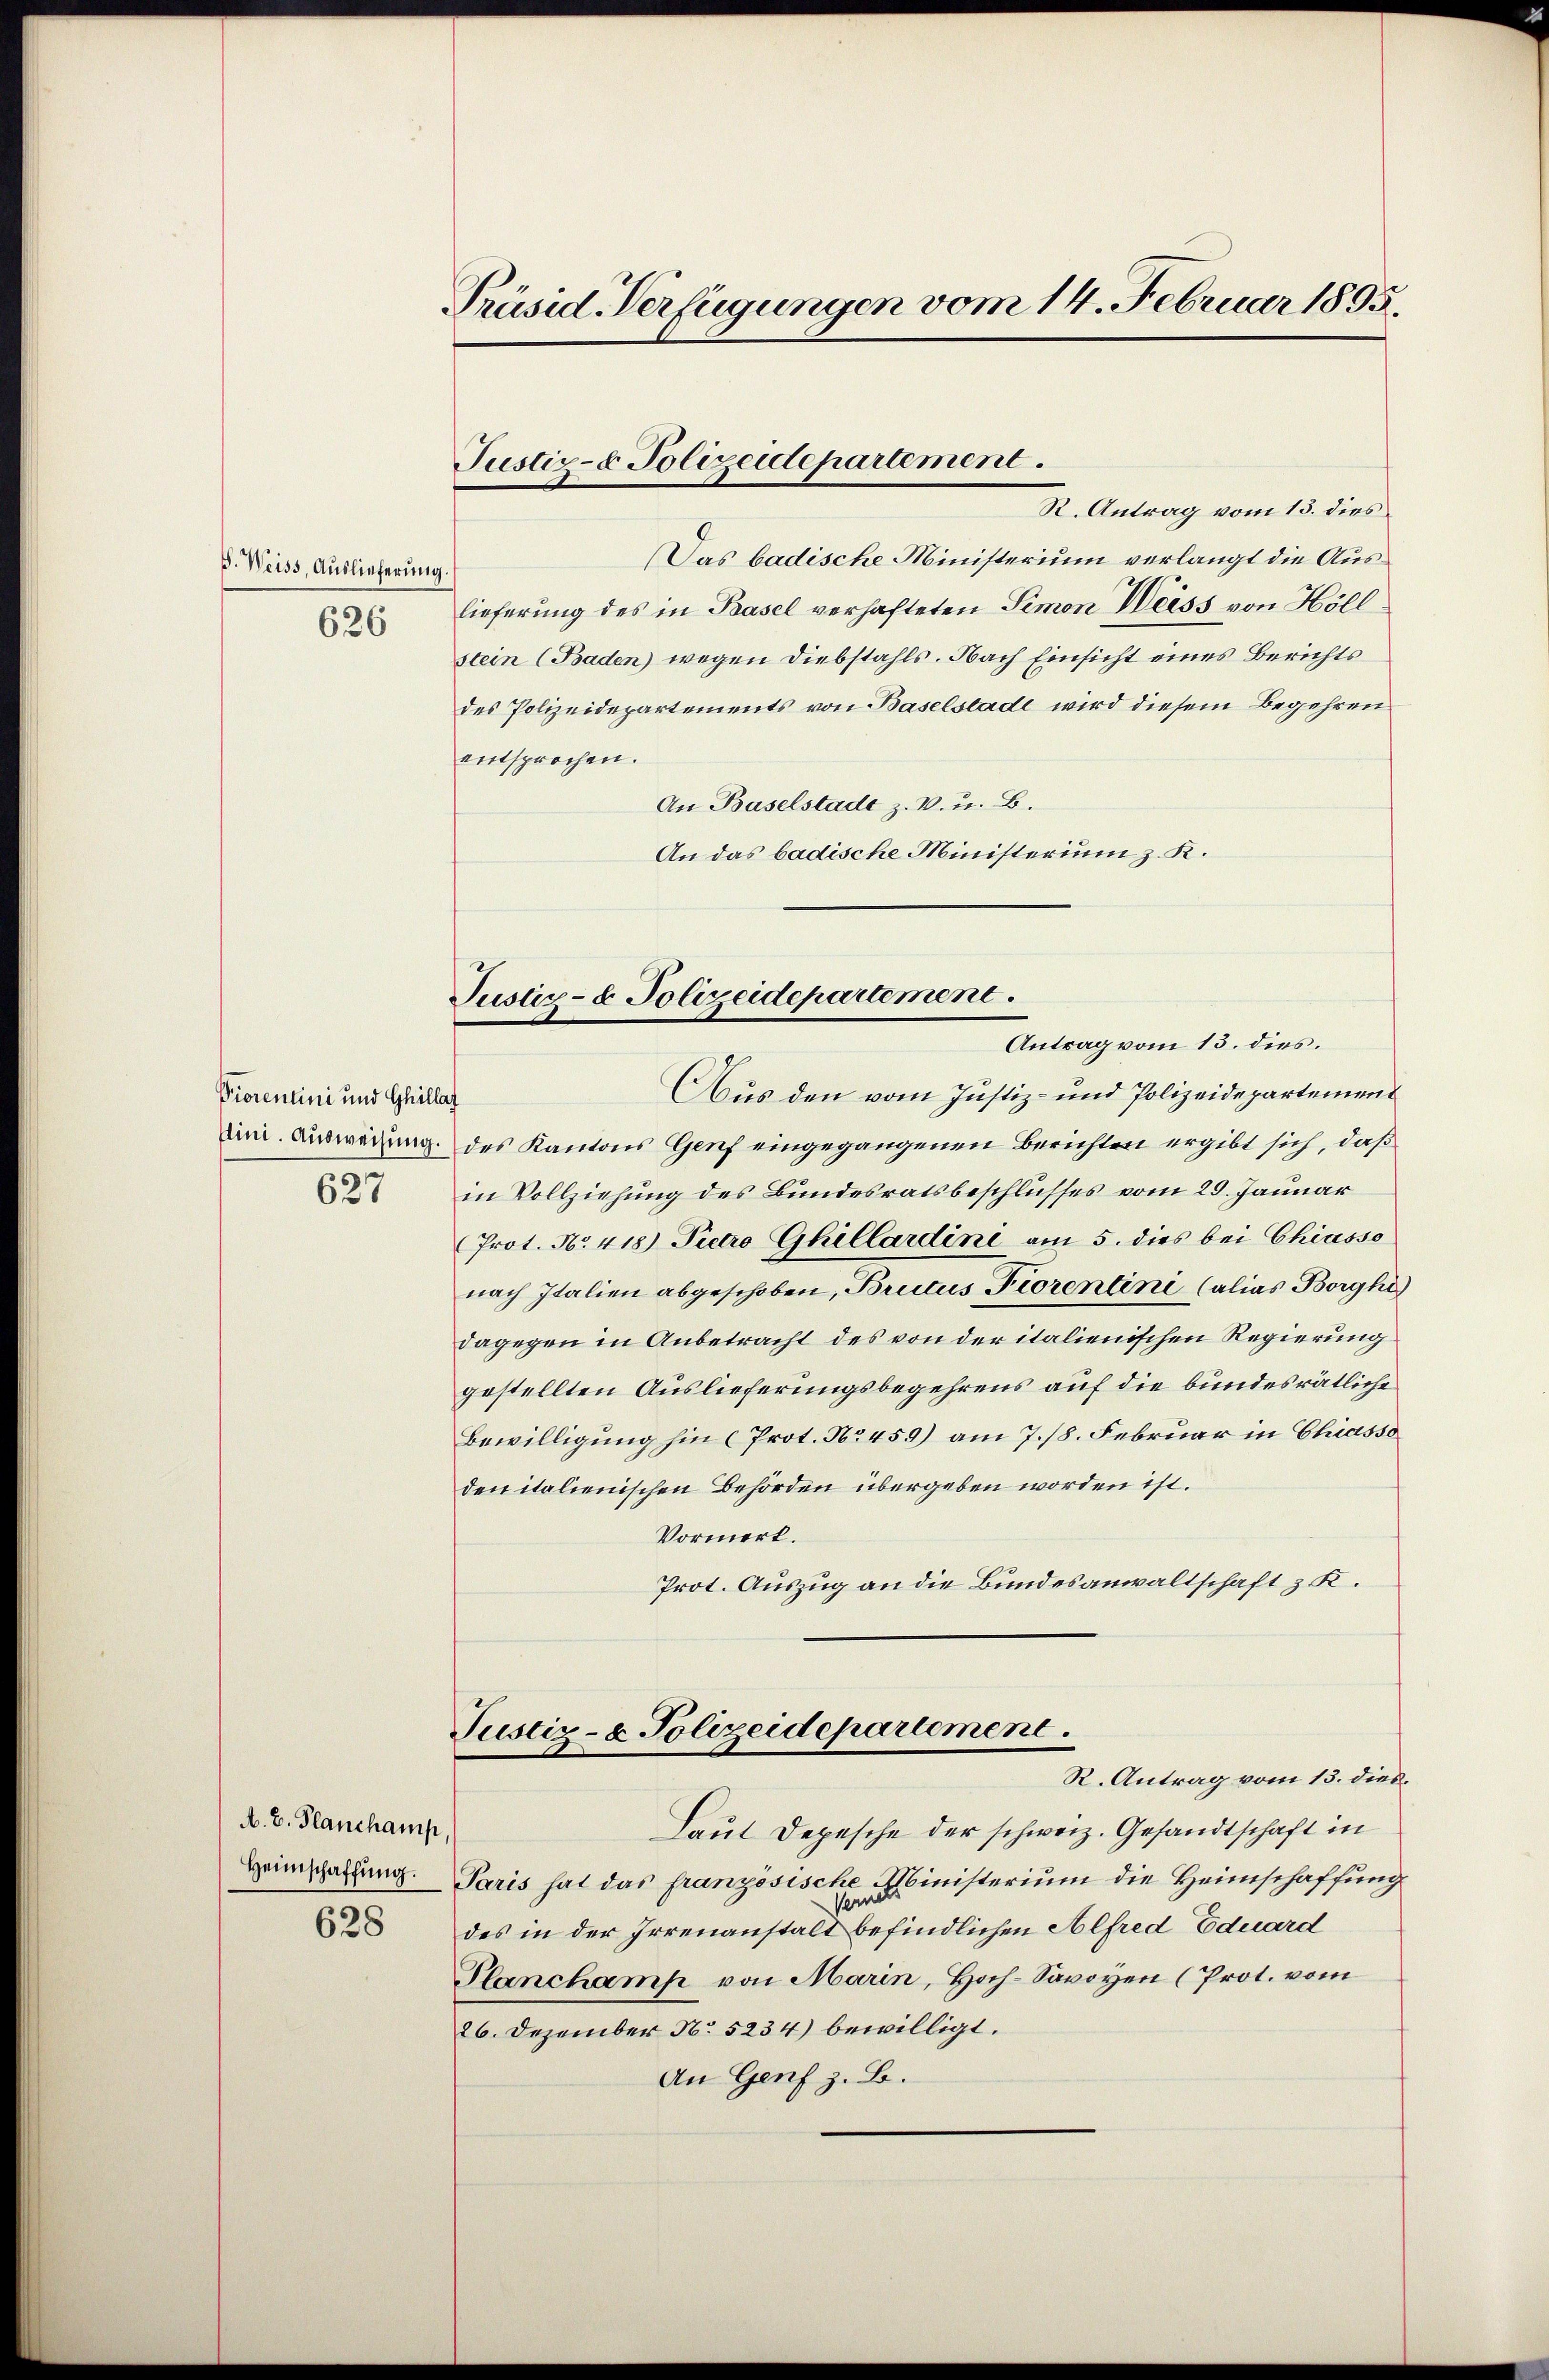
S. Weiss, Auslieferung
626

Piorentini und Gliell
Aini. Ausweisung.

627

A. B. Planchamp,
Heimschaffung.

628

Präsid-Verfügungen vom 14. Februar 1895.

Justiz- & Polizeidepartement.

R. Antrag vom 13. dies
Das badische Ministerium verlangt die Auslieferung des in Basel verhafteten Simon Weiss von Höllstein (Baden) wegen Diebstahls. Nach Einsicht eines Berichts
des Polizeidepartements von Baselstade wird diesem Begehren
entsprochen.
An Baselstadt z. B. u. B.
An das badische Ministerium z. K.
Antrag vom 13. dies.
Aus den vom Justiz- und Polizeidepartement
des Kantons Genf eingegangenen Berichten ergibt sich, daß
in Vollziehung des Bundesratsbeschlusses vom 29. Januar
Prot. No. 418) Pietro Ghillardini am 5. dies bei Chiasso
nach Italien abgeschoben, Britus Fiorentini (alias Borghe
dagegen in Anbetracht des von der italienischen Regierung
gestellten Auslieferungsbegehrens auf die bundesrätliche
Bewilligung hin (Prot. No 459) am 7./8. Februar in Chiasso
den italienischen Behörden übergeben worden ist.
Vormerk.
Prot. Auszug an die Bundesanwaltschaft z. K.
Pustiz- & Polizeidepartement.
R. Antrag vom 13. dies.
Laut Depesche der schweiz. Gesandtschaft in
Paris hat das französische Ministerium die Heimschaffung
1
des in der Irrenanstalt befindlichen Alfred Eduard
Planchamp von Marin, Hoch-Savoyen (Prot. vom
26. Dezember N. 5234) bewilligt.
An Genf z. B.

Justiz- & Polizeidepartement.

f